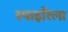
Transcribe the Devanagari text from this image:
स्पाइरिला